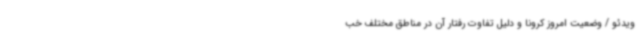
ویدئو / وضعیت امروز کرونا و دلیل تفاوت رفتار آن در مناطق مختلف خب